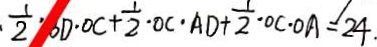
\cdot \frac { 1 } { 2 } \cdot O D \cdot O C + \frac { 1 } { 2 } \cdot O C \cdot A D + \frac { 1 } { 2 } \cdot O C \cdot O A = 2 4 \cdot